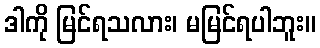
ဒါကို မြင်ရသလား၊ မမြင်ရပါဘူး။